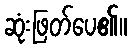
ဆုံးဖြတ်ပေ၏။